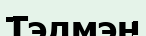
Тэлмэн